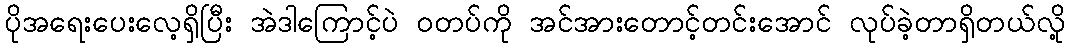
ပိုအရေးပေးလေ့ရှိပြီး အဲဒါကြောင့်ပဲ ဝတပ်ကို အင်အားတောင့်တင်းအောင် လုပ်ခဲ့တာရှိတယ်လို့